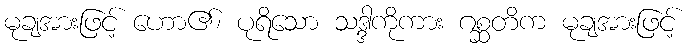
မုချအားဖြင့် ဟော၏၊ ပုရိသော သဒ္ဒါကိုကား ဂစ္ဆတိက မုချအားဖြင့်